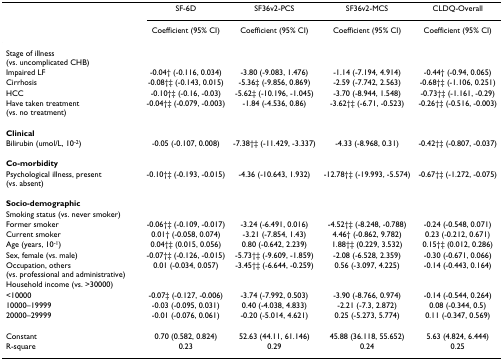
<table><thead><tr><td></td><td><b>SF-6D</b></td><td><b>SF36v2-PCS</b></td><td><b>SF36v2-MCS</b></td><td><b>CLDQ-Overall</b></td></tr><tr><td></td><td><b>Coefficient (95% CI)</b></td><td><b>Coefficient (95% CI)</b></td><td><b>Coefficient (95% CI)</b></td><td><b>Coefficient (95% CI)</b></td></tr></thead><tbody><tr><td>Stage of illness (vs. uncomplicated CHB)</td><td></td><td></td><td></td><td></td></tr><tr><td>Impaired LF</td><td>-0.04† (-0.116, 0.034)</td><td>-3.80 (-9.083, 1.476)</td><td>-1.14 (-7.194, 4.914)</td><td>-0.44† (-0.94, 0.065)</td></tr><tr><td>Cirrhosis</td><td>-0.08†‡ (-0.143, 0.015)</td><td>-5.36‡ (-9.856, 0.869)</td><td>-2.59 (-7.742, 2.563)</td><td>-0.68†‡ (-1.106, 0.251)</td></tr><tr><td>HCC</td><td>-0.10†‡ (-0.16, -0.03)</td><td>-5.62‡ (-10.196, -1.045)</td><td>-3.70 (-8.944, 1.548)</td><td>-0.73†‡ (-1.161, -0.29)</td></tr><tr><td>Have taken treatment (vs. no treatment)</td><td>-0.04†‡ (-0.079, -0.003)</td><td>-1.84 (-4.536, 0.86)</td><td>-3.62†‡ (-6.71, -0.523)</td><td>-0.26†‡ (-0.516, -0.003)</td></tr><tr><td><b>Clinical</b></td><td></td><td></td><td></td><td></td></tr><tr><td>Bilirubin (umol/L, 10<sup>-2</sup>)</td><td>-0.05 (-0.107, 0.008)</td><td>-7.38†‡ (-11.429, -3.337)</td><td>-4.33 (-8.968, 0.31)</td><td>-0.42†‡ (-0.807, -0.037)</td></tr><tr><td><b>Co-morbidity</b></td><td></td><td></td><td></td><td></td></tr><tr><td>Psychological illness, present (vs. absent)</td><td>-0.10†‡ (-0.193, -0.015)</td><td>-4.36 (-10.643, 1.932)</td><td>-12.78†‡ (-19.993, -5.574)</td><td>-0.67†‡ (-1.272, -0.075)</td></tr><tr><td><b>Socio-demographic</b></td><td></td><td></td><td></td><td></td></tr><tr><td>Smoking status (vs. never smoker)</td><td></td><td></td><td></td><td></td></tr><tr><td>Former smoker</td><td>-0.06†‡ (-0.109, -0.017)</td><td>-3.24 (-6.491, 0.016)</td><td>-4.52†‡ (-8.248, -0.788)</td><td>-0.24 (-0.548, 0.071)</td></tr><tr><td>Current smoker</td><td>0.01† (-0.058, 0.074)</td><td>-3.21 (-7.854, 1.43)</td><td>4.46† (-0.862, 9.782)</td><td>0.23 (-0.212, 0.671)</td></tr><tr><td>Age (years, 10<sup>-1</sup>)</td><td>0.04†‡ (0.015, 0.056)</td><td>0.80 (-0.642, 2.239)</td><td>1.88†‡ (0.229, 3.532)</td><td>0.15†‡ (0.012, 0.286)</td></tr><tr><td>Sex, female (vs. male)</td><td>-0.07†‡ (-0.126, -0.015)</td><td>-5.73†‡ (-9.609, -1.859)</td><td>-2.08 (-6.528, 2.359)</td><td>-0.30 (-0.671, 0.066)</td></tr><tr><td>Occupation, others (vs. professional and administrative)</td><td>0.01 (-0.034, 0.057)</td><td>-3.45†‡ (-6.644, -0.259)</td><td>0.56 (-3.097, 4.225)</td><td>-0.14 (-0.443, 0.164)</td></tr><tr><td>Household income (vs. &gt;30000)</td><td></td><td></td><td></td><td></td></tr><tr><td>&lt;10000</td><td>-0.07‡ (-0.127, -0.006)</td><td>-3.74 (-7.992, 0.503)</td><td>-3.90 (-8.766, 0.974)</td><td>-0.14 (-0.544, 0.264)</td></tr><tr><td>10000–19999</td><td>-0.03 (-0.095, 0.031)</td><td>0.40 (-4.038, 4.833)</td><td>-2.21 (-7.3, 2.872)</td><td>0.08 (-0.344, 0.5)</td></tr><tr><td>20000–29999</td><td>-0.01 (-0.076, 0.061)</td><td>-0.20 (-5.014, 4.621)</td><td>0.25 (-5.273, 5.774)</td><td>0.11 (-0.347, 0.569)</td></tr><tr><td>Constant</td><td>0.70 (0.582, 0.824)</td><td>52.63 (44.11, 61.146)</td><td>45.88 (36.118, 55.652)</td><td>5.63 (4.824, 6.444)</td></tr><tr><td>R-square</td><td>0.23</td><td>0.29</td><td>0.24</td><td>0.25</td></tr></tbody></table>